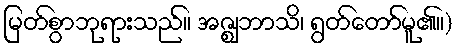
မြတ်စွာဘုရားသည်။ အဇ္ဈဘာသိ၊ ရွတ်တော်မူ၏။)